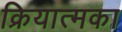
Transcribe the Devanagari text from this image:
क्रियात्मका